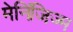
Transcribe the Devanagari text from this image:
मेनिंजिज्म